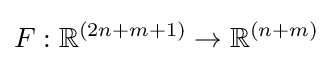
F:\mathbb {R} ^{(2n+m+1)}\to \mathbb {R} ^{(n+m)}